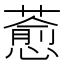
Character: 𦾤